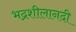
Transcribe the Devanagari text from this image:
भद्रशीलानदी